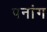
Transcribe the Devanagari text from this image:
पनांग